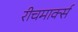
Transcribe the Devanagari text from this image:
रीचमार्क्स